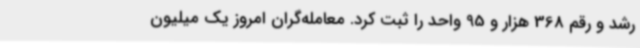
رشد و رقم 368 هزار و 95 واحد را ثبت کرد. معامله‌گران امروز یک میلیون